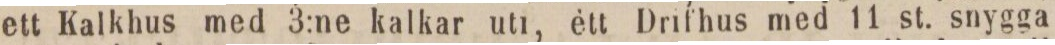
ett Kalkhus med 3:ne kalkar uti, ètt Drifhus med 11 st. snygga